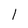
Character: 1